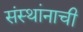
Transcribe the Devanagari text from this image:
संस्थांनाची